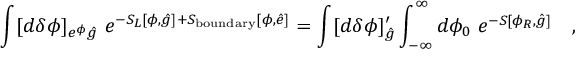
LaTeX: \int [ d \delta \phi ] _ { e ^ { \phi } { \hat { g } } } ~ e ^ { - S _ { L } [ \phi , { \hat { g } } ] + S _ { \mathrm { b o u n d a r y } } [ \phi , { \hat { e } } ] } = \int [ d \delta \phi ] _ { { \hat { g } } } ^ { \prime } \int _ { - \infty } ^ { \infty } d \phi _ { 0 } ~ e ^ { - S [ \phi _ { R } , { \hat { g } } ] } \quad ,